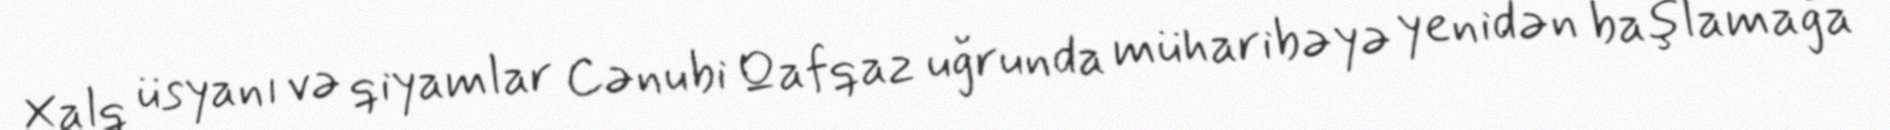
Xalq üsyanı və qiyamlar Cənubi Qafqaz uğrunda müharibəyə yenidən başlamağa